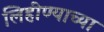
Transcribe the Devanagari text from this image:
लिहीण्याच्या